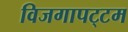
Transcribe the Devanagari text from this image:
विजगापट्‌टम